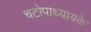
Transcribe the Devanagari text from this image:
चटोपाध्यायके